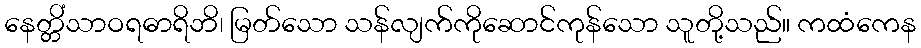
နေတ္တိံသာဝရဓာရိဘိ၊ မြတ်သော သန်လျက်ကိုဆောင်ကုန်သော သူတို့သည်။ ကထံကေန